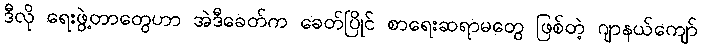
ဒီလို ရေးဖွဲ့တာတွေဟာ အဲဒီခေတ်က ခေတ်ပြိုင် စာရေးဆရာမတွေ ဖြစ်တဲ့ ဂျာနယ်ကျော်